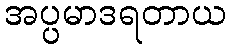
အပ္ပမာဒရတာယ